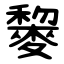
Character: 䴻